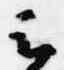
云